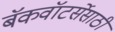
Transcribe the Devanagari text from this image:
बॅकवॉटर्सेसाठी